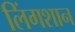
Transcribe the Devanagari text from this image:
लिंगशान